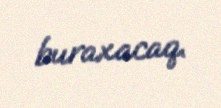
buraxacaq.